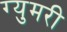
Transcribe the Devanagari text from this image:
ग्युमरी